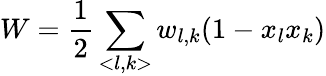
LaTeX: W=\frac{1}{2}\sum_{<l,k>}w_{l,k}(1-x_{l}x_{k})